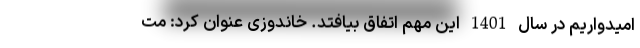
امیدواریم در سال 1401 این مهم اتفاق بیافتد. خاندوزی عنوان کرد: مت